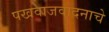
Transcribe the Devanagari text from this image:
पखवाजवादनाचे